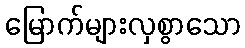
မြောက်များလှစွာသော